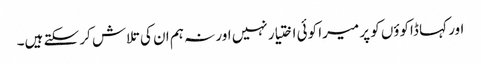
اور کہا ڈاکوؤں کو پر میرا کوئی اختیار نہیں اور نہ ہم ان کی تلاش کر سکتے ہیں۔